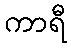
ကာရီ